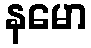
နမော